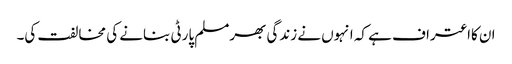
ان کااعتراف ہے کہ انہوں نے زندگی بھرمسلم پارٹی بنانے کی مخالفت کی۔